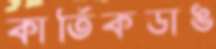
কার্তিকডাঙ